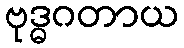
ဗုဒ္ဓဂတာယ